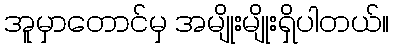
အူမှာတောင်မှ အမျိုးမျိုးရှိပါတယ်။